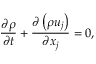
\frac { \partial \rho } { \partial t } + \frac { \partial \left( \rho u _ { j } \right) } { \partial x _ { j } } = 0 ,